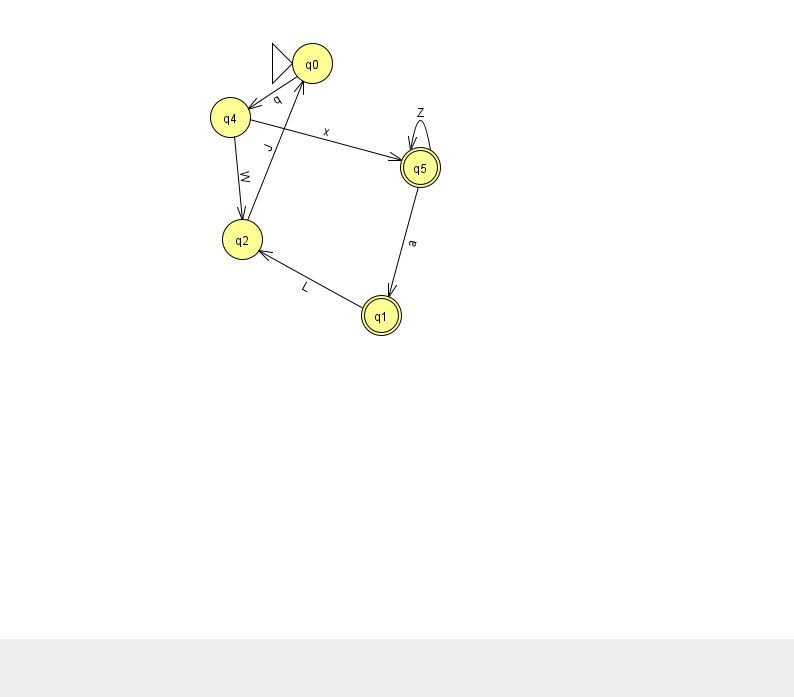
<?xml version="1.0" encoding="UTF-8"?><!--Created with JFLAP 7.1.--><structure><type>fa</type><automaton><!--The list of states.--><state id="0" name="q0"><x>312.0</x><y>50.0</y><initial/></state><state id="1" name="q1"><x>381.0</x><y>302.0</y><final/></state><state id="2" name="q2"><x>242.0</x><y>226.0</y></state><state id="4" name="q4"><x>230.0</x><y>104.0</y></state><state id="5" name="q5"><x>420.0</x><y>154.0</y><final/></state><!--The list of transitions.--><transition><from>0</from><to>4</to><read>q</read></transition><transition><from>2</from><to>0</to><read>J</read></transition><transition><from>1</from><to>2</to><read>L</read></transition><transition><from>5</from><to>5</to><read>Z</read></transition><transition><from>4</from><to>2</to><read>W</read></transition><transition><from>4</from><to>5</to><read>x</read></transition><transition><from>5</from><to>1</to><read>a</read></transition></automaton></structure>